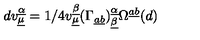
d v _ { \underline { { \mu } } } ^ { \underline { { \alpha } } } = 1 / 4 v _ { \underline { { \mu } } } ^ { \underline { { \beta } } } ( \Gamma _ { \underline { { a } } \underline { { b } } } ) _ { \underline { { \beta } } } ^ { \underline { { \alpha } } } \Omega ^ { \underline { { a } } \underline { { b } } } ( d ) \qquad